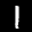
Label: 1